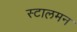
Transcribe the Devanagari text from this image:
स्टालमन